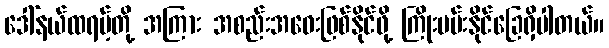
ဒေါ်နယ်ထရမ့်တို့ အကြား အစည်းအဝေးဖြစ်နိုင်ဖို့ ကြိုးပမ်းနိုင်ခြေရှိပါတယ်။